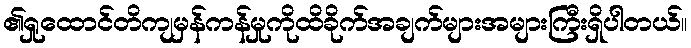
၏ရှုထောင်တိကျမှန်ကန်မှုကိုထိခိုက်အချက်များအများကြီးရှိပါတယ်။